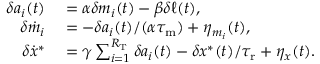
\begin{array} { r l } { \delta a _ { i } ( t ) } & { { } = \alpha \delta m _ { i } ( t ) - \beta \delta \ell ( t ) , } \\ { \delta \dot { m } _ { i } } & { { } = - \delta a _ { i } ( t ) / ( \alpha { \tau _ { \mathrm { m } } } ) + \eta _ { m _ { i } } ( t ) , } \\ { \delta \dot { x } ^ { \ast } } & { { } = \gamma \sum _ { i = 1 } ^ { R _ { \mathrm { T } } } \delta a _ { i } ( t ) - \delta x ^ { \ast } ( t ) / { \tau _ { \mathrm { r } } } + \eta _ { x } ( t ) . } \end{array}